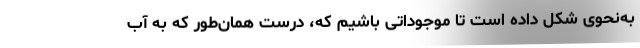
به‌نحوی شکل داده است تا موجوداتی باشیم که، درست همان‌طور که به آب